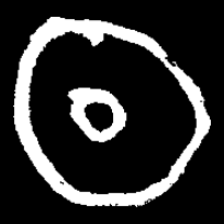
Pyu character \u2014 Myanmar letter: ထ (romanized: tha)